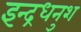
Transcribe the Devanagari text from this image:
इन्द्रधनुश